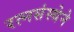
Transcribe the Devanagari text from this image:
रत्नसंस्थेने